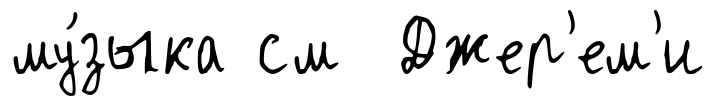
му́зыка см Джер'ем'и